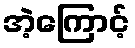
အဲ့ကြောင့်